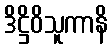
ဒိဋ္ဌိဝိသူကာနိ